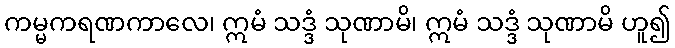
ကမ္မကရဏကာလေ၊ ဣမံ သဒ္ဒံ သုဏာမိ၊ ဣမံ သဒ္ဒံ သုဏာမိ ဟူ၍